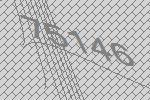
75146